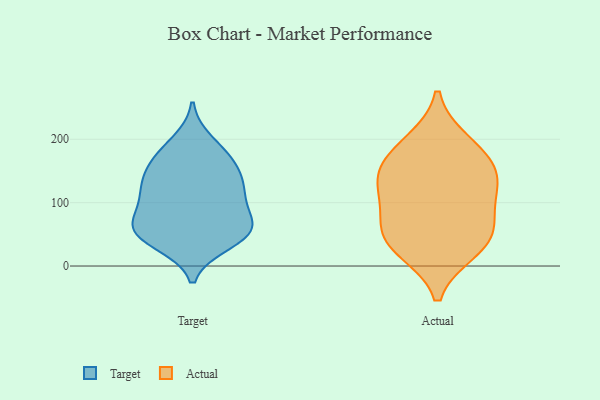
{"axis": {"x": "Revenue (USD Million)", "y": "Value"}, "legend": ["Actual", "Target"], "data": [{"x": "", "y": 151, "type": "Target"}, {"x": "", "y": 129, "type": "Target"}, {"x": "", "y": 124, "type": "Target"}, {"x": "", "y": 156, "type": "Target"}, {"x": "", "y": 43, "type": "Target"}, {"x": "", "y": 168, "type": "Target"}, {"x": "", "y": 55, "type": "Target"}, {"x": "", "y": 66, "type": "Target"}, {"x": "", "y": 65, "type": "Target"}, {"x": "", "y": 179, "type": "Target"}, {"x": "", "y": 35, "type": "Target"}, {"x": "", "y": 64, "type": "Target"}, {"x": "", "y": 67, "type": "Target"}, {"x": "", "y": 113, "type": "Target"}, {"x": "", "y": 197, "type": "Target"}, {"x": "", "y": 114, "type": "Target"}, {"x": "", "y": 101, "type": "Target"}, {"x": "", "y": 43, "type": "Target"}, {"x": "", "y": 145, "type": "Actual"}, {"x": "", "y": 56, "type": "Actual"}, {"x": "", "y": 34, "type": "Actual"}, {"x": "", "y": 59, "type": "Actual"}, {"x": "", "y": 146, "type": "Actual"}, {"x": "", "y": 26, "type": "Actual"}, {"x": "", "y": 120, "type": "Actual"}, {"x": "", "y": 195, "type": "Actual"}, {"x": "", "y": 104, "type": "Actual"}, {"x": "", "y": 176, "type": "Actual"}]}